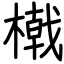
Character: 橶